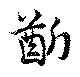
齗